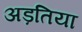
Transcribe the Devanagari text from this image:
अड़तिया